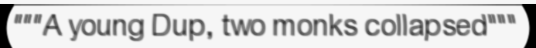
"""A young Dup, two monks collapsed"""